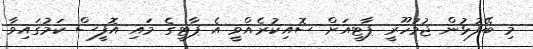
މި ބޭފުޅުން ޖުމުހޫރީ ޕާޓީއަށް ސޮއިކުރެއްވީ އެ ޕާޓީގެ މައި އޮފީސް ކަމުގައިވާ